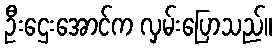
ဦးဌေးအောင်က လှမ်းပြောသည်။